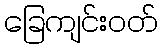
ခြေကျင်းဝတ်